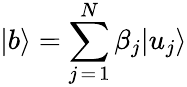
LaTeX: |b\rangle=\sum_{j\mathop{=}1}^{N}\beta_{j}|u_{j}\rangle